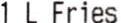
1 L FRIES